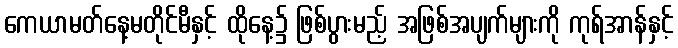
ကေယာမတ်နေ့မတိုင်မီနှင့် ထိုနေ့၌ ဖြစ်ပွားမည့် အဖြစ်အပျက်များကို ကုရ်အာန်နှင့်